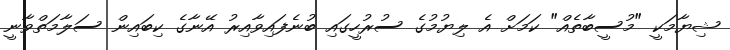
ޝިޔާމަކީ "މުސީބާތެއް" ކަމަށް އެ ލިޔުމުގެ ސުރުހީގައި ބުނެފައިވާއިރު އޭނާގެ ކިބައިން ސަލާމަތްވާނީ